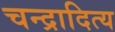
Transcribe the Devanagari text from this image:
चन्द्रादित्य